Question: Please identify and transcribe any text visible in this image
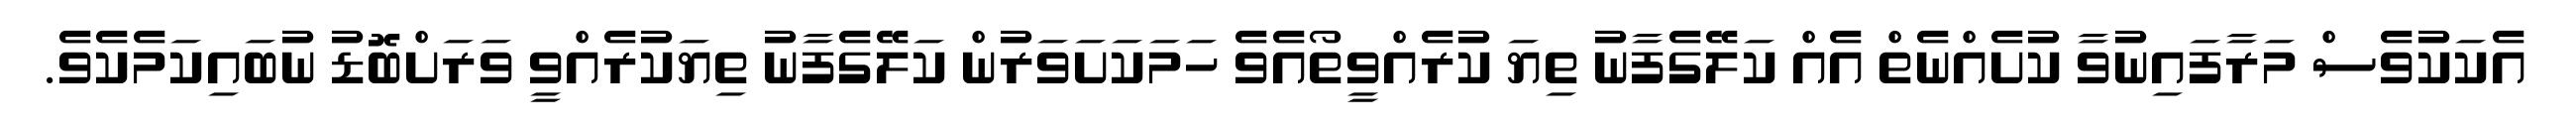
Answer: އެކަކުވެސް މަރާފައިނުވާ ކުށެއްނެތް އެއް ކަލޭގެފާނު ތިޔަ ކުރެއްވީތޯއެވެ ހަމަކަށަވަރުން ކަލޭގެފާނު ތިޔަކުރެއްވީ ވަރަށްބޮޑު ނުބައިކަމެކެވެ.